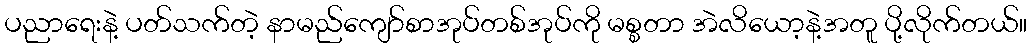
ပညာရေးနဲ့ ပတ်သက်တဲ့ နာမည်ကျော်စာအုပ်တစ်အုပ်ကို မစ္စတာ အဲလိယော့နဲ့အတူ ပို့လိုက်တယ်။